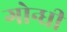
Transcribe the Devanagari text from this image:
गोन्धी